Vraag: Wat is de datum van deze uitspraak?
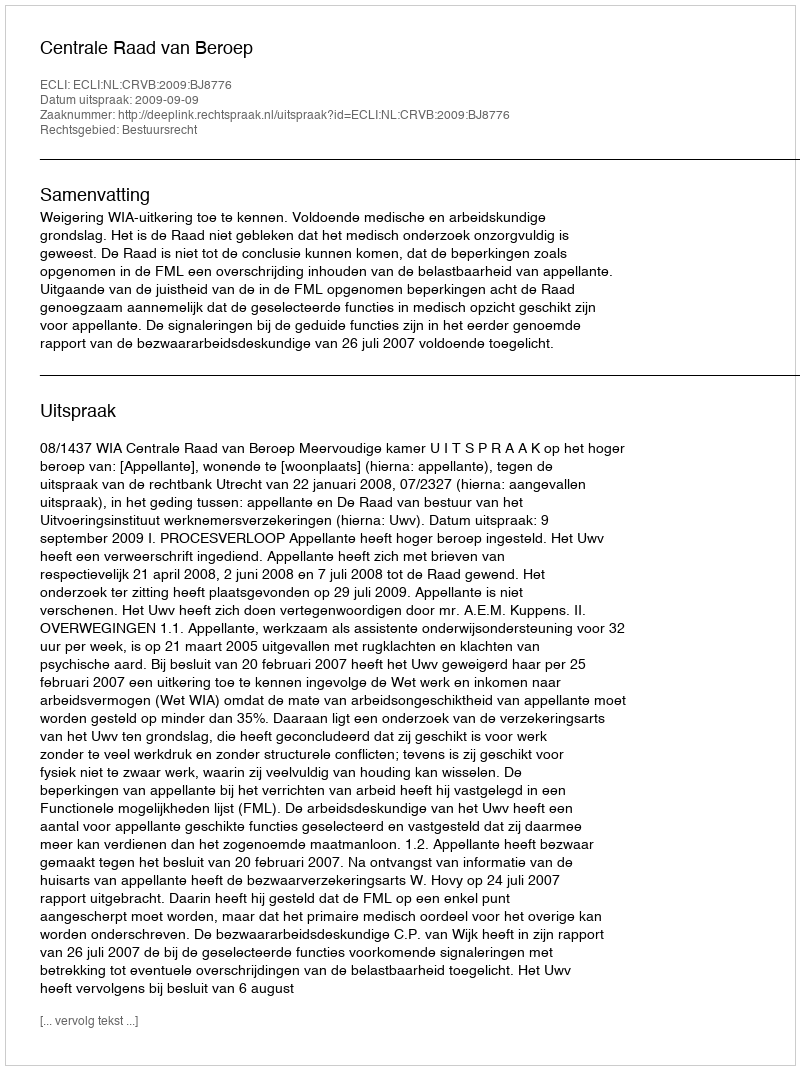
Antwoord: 2009-09-09